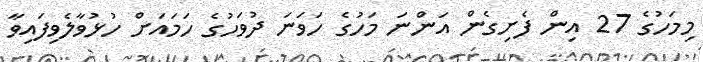
މިމަހުގެ 27 އިން ފެށިގެން އަންނަ މަހުގެ ހަވަނަ ދުވަހުގެ ހަމައަށް ހުޅުވާލެވިފައިވާ